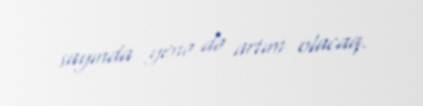
sayında yenə də artım olacaq.